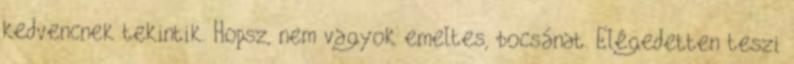
kedvencnek tekintik. Hopsz, nem vagyok emeltes, bocsánat. Elégedetten teszi